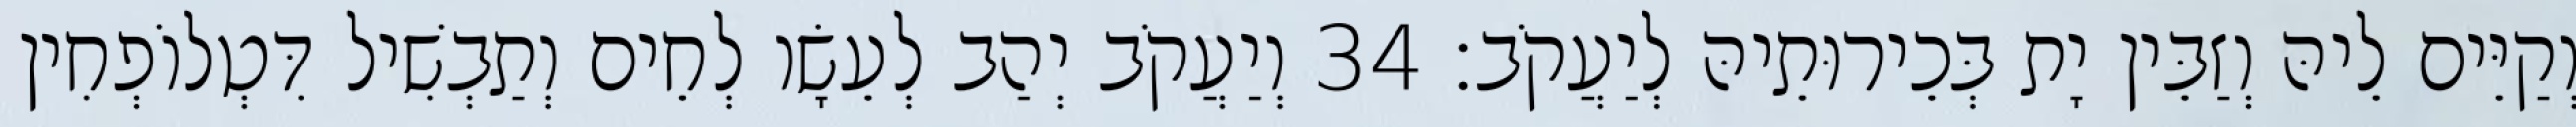
וְקַיֵּים לֵיהּ וְזַבֵּין יָת בְּכֵירוּתֵיהּ לְיַעֲקֹב׃ 34 וְיַעֲקֹב יְהַב לְעֵשָׂו לְחֵים וְתַבְשִׁיל דִּטְלוֹפְחִין